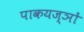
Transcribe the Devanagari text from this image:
पाकयज्ञों